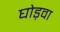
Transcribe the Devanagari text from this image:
घोड़वा